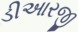
ડીઆરજી